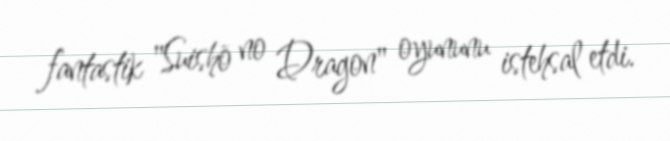
fantastik "Suishō no Dragon" oyununu istehsal etdi.